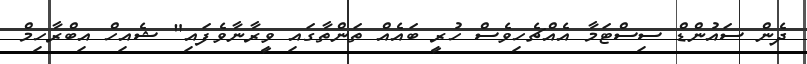
ދެން ސައުންޑް ސިސްޓަމާ އެއްޗެހިވެސް ހުރީ ބައެއް ތަންތާގައި ވީރާނާވެފައި" ޝެއިހް އިބްރާހިމް